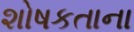
શોષકતાના